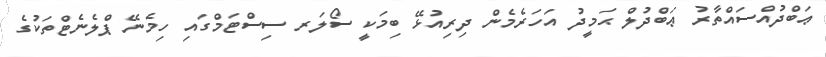
ޢަބްދުއްސައްތާރު ޢަބްދުލް ޙަމީދު އަހަރެމެން ދިރިއުޅޭ ބިމަކީ ސޯލަރ ސިސްޓަމްގައި ހިމެނޭ ޕްލެނެޓްތަކުގެ